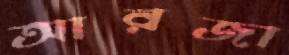
আরজা